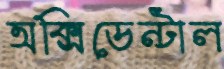
অক্সিডেন্টাল